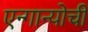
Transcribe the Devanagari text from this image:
एन्गान्योची